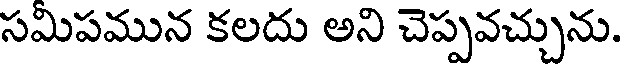
సమిపమున కలదు అని చెప్పవచ్చును.